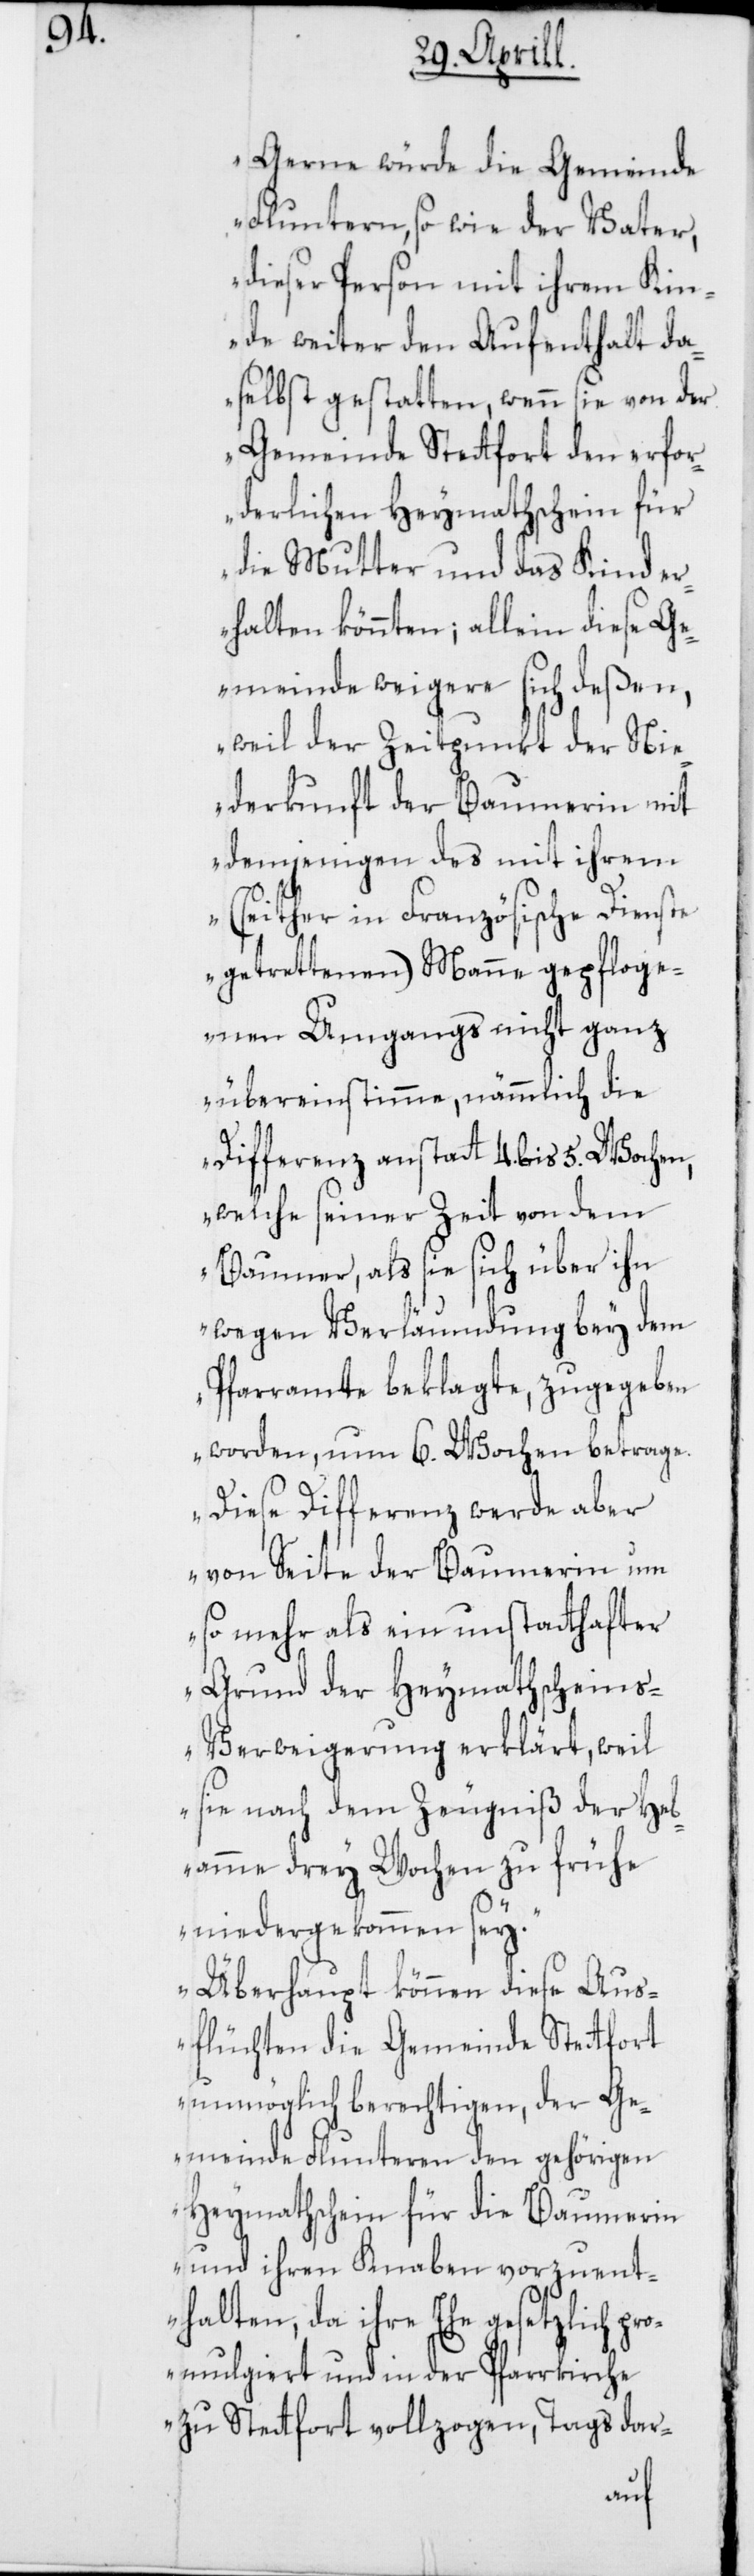
Gerne würde die Gemeinde
Fluntern, so wie der Vater,
dieser Person mit ihrem Kin¬
de weiter den Aufenthalt da¬
selbst gestatten, wenn sie von der
Gemeinde Stetfort den erfor¬
derlichen Heymathschein für
die Mutter und das Kind er¬
halten könnten; allein diese G¬
emeinde weigere sich deßen,
weil der Zeitpunkt der Nie¬
derkunft der Baumerin mit
demjenigen des mit ihrem
(seither in Französische Dienste
getrettenen) Manne gepfloge¬
nen Umgangs nicht ganz
übereinstimme, nämmlich die
Differenz anstatt 4. bis 5. Wochen,
welche seiner Zeit von dem
Baumer, als sie sich über ihn
wegen Verläumdung bey dem
Pfarramte beklagte, zugegeben
worden, um 6. Wochen betrage.
Diese Differenz werde aber
von Seite der Baumerin um
so mehr als ein unstathafter
Grund der Heymathschein¬
s-Verweigerung erklärt, weil
sie nach dem Zeugniß der Heb¬
amme drey Wochen zu frühe
niedergekommen sey.
Überhaupt können diese Aus¬
flüchten die Gemeinde Stetfort
unmöglich berechtigen, der Ge¬
meinde Fluntern den gehörigen
Heymathschein für die Baumerin
und ihren Knaben vorzuent¬
halten, da ihre Ehe gesetzlich pr¬
omulgiert und in der Pfarrkirche
zu Stetfort vollzogen, tags dar-